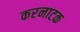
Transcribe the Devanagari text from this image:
करनाटक